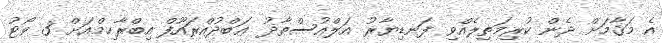
އެ މަޤާމަށް ދެން ކުރިމަތިލެއްވި ފަނޑިޔާރު އަލްއުސްތާޛު ޢަބްދުއްރައޫފް އިބްރާހިމްއަށް 3 ވޯޓު